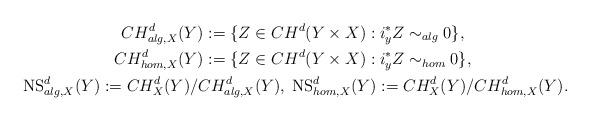
LaTeX: \begin{gather*}CH_{alg,X}^d(Y):=\{Z\in CH^d(Y\times X):i_y^*Z\sim_{alg} 0\},\\CH_{hom,X}^d(Y):=\{Z\in CH^d(Y\times X):i_y^*Z\sim_{hom} 0\},\\{\rm NS}_{alg,X}^d(Y):=CH_X^d(Y)/CH_{alg,X}^d(Y),\;{\rm NS}_{hom,X}^d(Y):=CH_X^d(Y)/CH_{hom,X}^d(Y).\end{gather*}